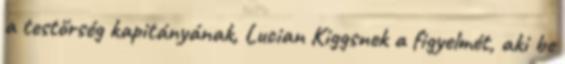
a testőrség kapitányának, Lucian Kiggsnek a figyelmét, aki be